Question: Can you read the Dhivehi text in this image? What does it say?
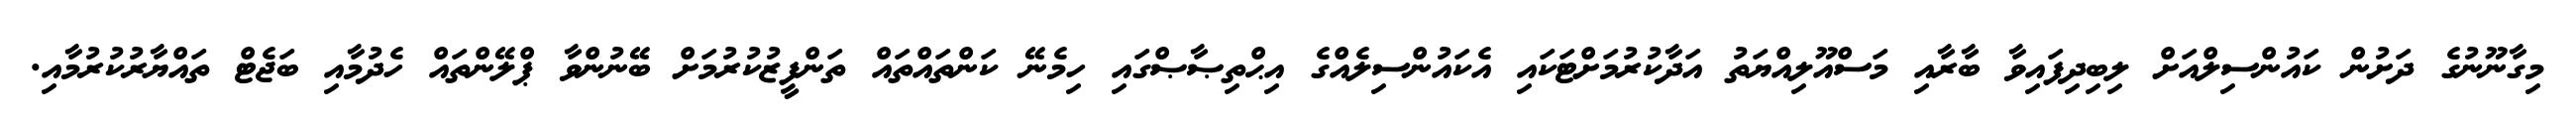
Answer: މިގާނޫނުގެ ދަށުން ކައުންސިލްއަށް ލިބިދިފައިވާ ބާރާއި މަސްއޫލިއްޔަތު އަދާކުރުމަށްޓަކައި އެކައުންސިލެއްގެ އިޙްތިޞާޞްގައި ހިމެނޭ ކަންތައްތައް ތަންފީޒުކުރުމަށް ބޭނުންވާ ޕްލޭންތައް ހެދުމާއި ބަޖެޓް ތައްޔާރުކުރުމާއި.